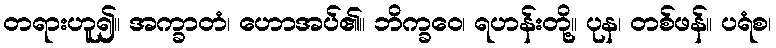
တရားဟူ၍။ အက္ခာတံ၊ ဟောအပ်၏။ ဘိက္ခဝေ၊ ရဟန်းတို့။ ပုန၊ တစ်ဖန်။ ပရံစ၊